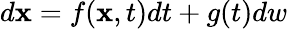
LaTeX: d\mathbf{x}=f(\mathbf{x},t)dt+g(t)dw